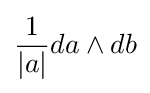
{\frac {1}{|a|}}da\wedge db